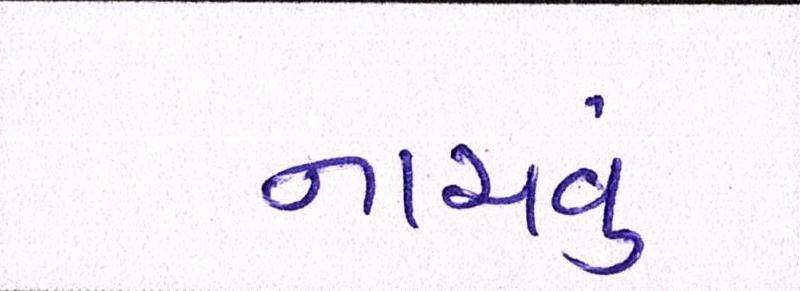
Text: નાચવું